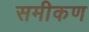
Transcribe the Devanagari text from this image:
समीकण